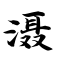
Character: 滠